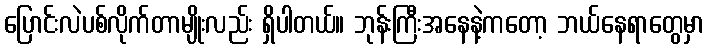
ပြောင်းလဲပစ်လိုက်တာမျိုးလည်း ရှိပါတယ်။ ဘုန်းကြီးအနေနဲ့ကတော့ ဘယ်နေရာတွေမှာ